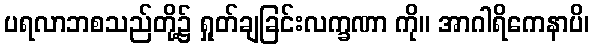
ပရလာဘစသည်တို့၌ ရှုတ်ချခြင်းလက္ခဏာ ကို။ အာဂါရိကေနာပိ၊